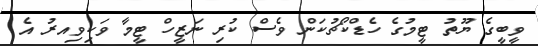
ވީބީގެ ޔޫތު ޓީމުގެ ހެޑްކޯޗުކަން ވެސް ކުރި ނަޒީހް ޓީމާ ވަކިވިއރު އެ